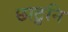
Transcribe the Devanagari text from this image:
छाटुनि